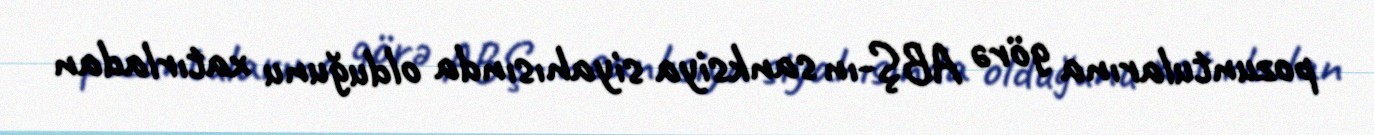
pozuntularına görə ABŞ-ın sanksiya siyahısında olduğunu xatırladan